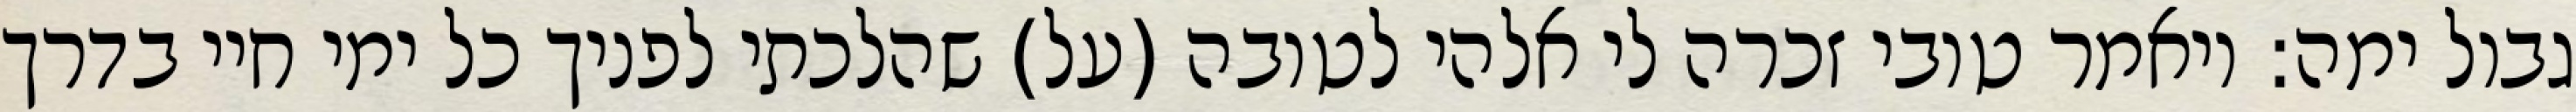
גבול ימה: ויאמר טובי זכרה לי אלהי לטובה (על) שהלכתי לפניך כל ימי חיי בדרך